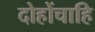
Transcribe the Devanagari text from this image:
दोहोंचाहि